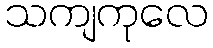
သကျကုလေ